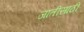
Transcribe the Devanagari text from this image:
जातीसाठी